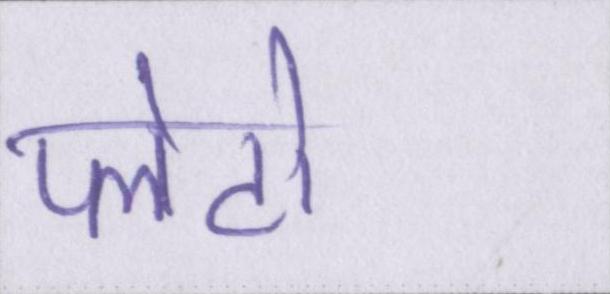
प्लेटो